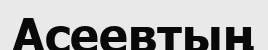
Асеевтың